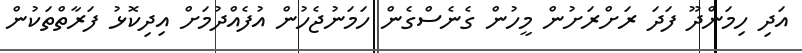
އަދި ހިމަންދޫ ފަދަ ރަށްރަށުން މީހުން ގެނެސްގެން ހަމަނުޖެހުން އުފެއްދުމަށް އިދިކޮޅު ފަރާތްތަކުން